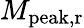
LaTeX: M_{\mathrm{peak,r}}